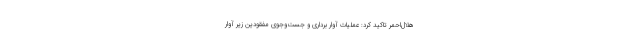
هلال‌احمر تاکید کرد: عملیات آوار برداری و جست‌وجوی مفقودین زیر آوار